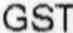
GST